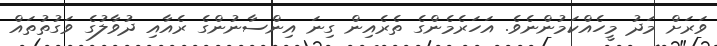
ވަރަށް މަދު މީހެެއްކަމުންނެވެ. އަހަރެމެންގެ ތެރެއިން ގިނަ އިންސާނުންގެ ރެއާއި ދުވާލުގެ ވަގުތުތައް